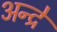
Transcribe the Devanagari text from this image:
अन्द्रे